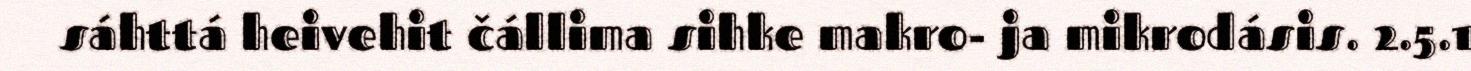
sáhttá heivehit čállima sihke makro- ja mikrodásis. 2.5.1